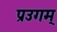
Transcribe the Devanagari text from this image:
प्रउगम्